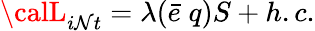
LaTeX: {\calL}_{i\mathcal{N}t}=\lambda(\bar{{e}}\; q)S+h.c.